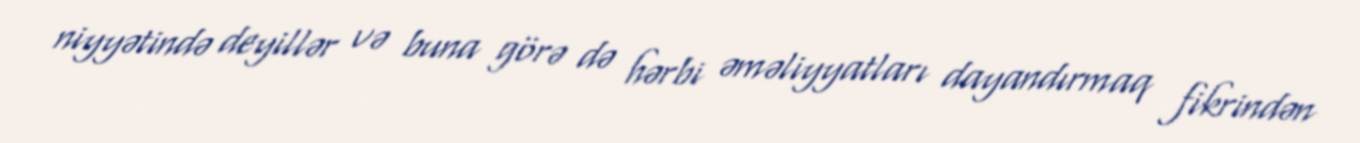
niyyətində deyillər və buna görə də hərbi əməliyyatları dayandırmaq fikrindən